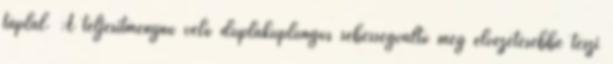
táplál. A teljesítménynö velő duplakuplungos sebességváltó még élvezetesebbé teszi